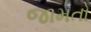
જામતો